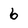
Character: 6